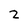
Character: 2